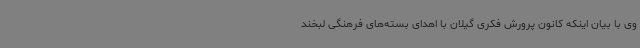
وی با بیان اینکه کانون پرورش فکری گیلان با اهدای بسته‌های فرهنگی لبخند